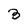
Character: 3